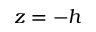
z = - h